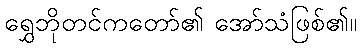
ရွှေဘိုတင်ကတော်၏ အော်သံဖြစ်၏။